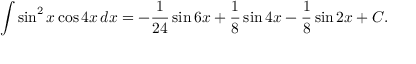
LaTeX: \int \sin ^ { 2 } x \cos 4 x \, d x = - { \frac { 1 } { 2 4 } } \sin 6 x + { \frac { 1 } { 8 } } \sin 4 x - { \frac { 1 } { 8 } } \sin 2 x + C .